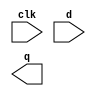
module edge_triggered_latch(
  input wire clk,
  input wire d,
  output reg q
);

  wire d1, d2;
  reg q1, q2;

  // First D flip-flop
  always @ (posedge clk)
    q1 <= d;

  // Second D flip-flop
  always @ (posedge clk)
    q2 <= d1;

  // Multiplexer to select the output
  assign d1 = (q & ~q2) | (~q & q2);

endmodule